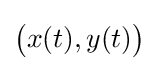
{\bigl (}x(t),y(t){\bigr )}